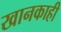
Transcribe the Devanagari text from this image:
खानकाही